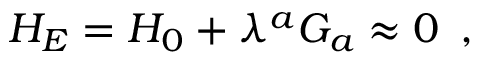
H _ { E } = H _ { 0 } + \lambda ^ { a } G _ { a } \approx 0 \, \, \, ,